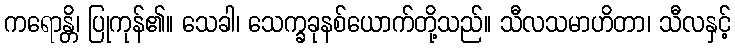
ကရောန္တိ၊ ပြုကုန်၏။ သေခါ၊ သေက္ခခုနစ်ယောက်တို့သည်။ သီလသမာဟိတာ၊ သီလနှင့်